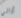
أراني